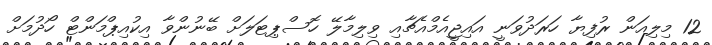
12 މިލިއަން ރުފިޔާ ހަރަދުވަނީ އައިޖީއެމްއެޗާއި ވިލިމާލޭ ހޮސްޕިޓަލަށް ބޭނުންވާ އިކުއިޕްމަންޓް ހޯދުމަށް